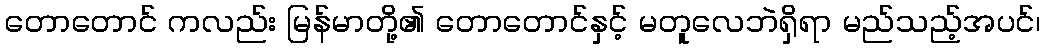
တောတောင် ကလည်း မြန်မာတို့၏ တောတောင်နှင့် မတူလေဘဲရှိရာ မည်သည့်အပင်၊